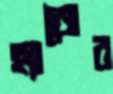
হ্যাজের